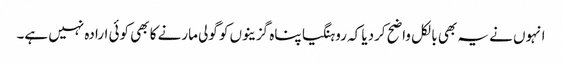
انہوں نے یہ بھی بالکل واضح کردیا کہ روہنگیا پناہ گزینوں کو گولی مارنے کا بھی کوئی ارادہ نہیں ہے۔